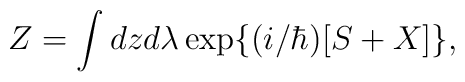
Z=\int dz d\lambda\exp\{(i/\hbar)[S+X]\},